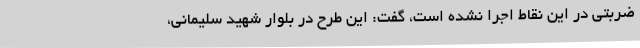
ضربتی در این نقاط اجرا نشده است، گفت: این طرح در بلوار شهید سلیمانی،